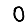
Digit: 0